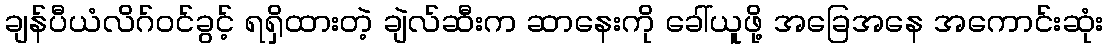
ချန်ပီယံလိဂ်ဝင်ခွင့် ရရှိထားတဲ့ ချဲလ်ဆီးက ဆာနေးကို ခေါ်ယူဖို့ အခြေအနေ အကောင်းဆုံး